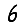
Digit: 6